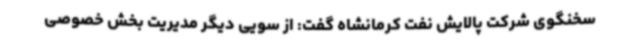
سخنگوی شرکت پالایش نفت کرمانشاه گفت: از سویی دیگر مدیریت بخش خصوصی